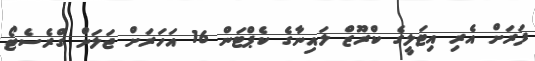
ފަރަށް އެރި އިޓަލީގެ ކްރޫޒް ލައިނާގެ ކެޕްޓަން 16 އަހަރަށް ޖަލަށް ގްރެސެޓޯ